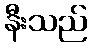
နီးသည်